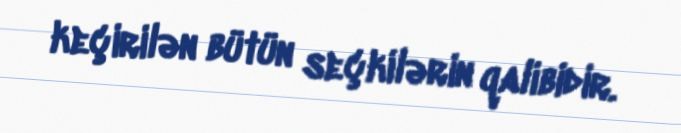
keçirilən bütün seçkilərin qalibidir.